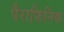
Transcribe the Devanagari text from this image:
पैराफिनिक